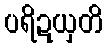
ပရိဍယှတိ